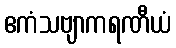
ဧကံသဗျာကရဏီယံ